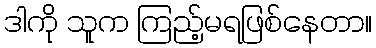
ဒါကို သူက ကြည့်မရဖြစ်နေတာ။